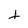
Character: t